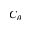
C _ { \theta }